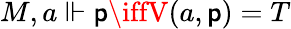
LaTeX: M,a\Vdash\mathsf{p}\iffV(a,\mathsf{p})=T